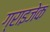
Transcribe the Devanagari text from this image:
ग्राइजेक